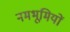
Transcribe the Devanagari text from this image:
नमभूमियों